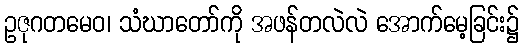
ဥဇုဂတမေဝ၊ သံဃာတော်ကို အဖန်တလဲလဲ အောက်မေ့ခြင်း၌